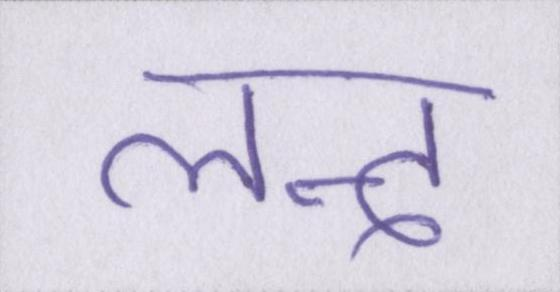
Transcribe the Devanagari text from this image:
लन्द